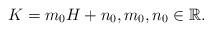
LaTeX: \begin{align*}K=m_{0}H+n_{0},m_{0},n_{0}\in \mathbb{R}. \end{align*}